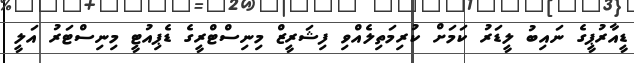
ޑީއާރުޕީގެ ނައިބު ލީޑަރު ކަމަށް ކުރިމަތިލެއްވި ފިޝަރީޒް މިނިސްޓްރީގެ ޑެޕިއުޓީ މިނިސްޓަރު އަލީ